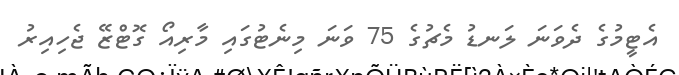
އެޓީމުގެ ދެވަނަ ލަނޑު މެޗުގެ 75 ވަނަ މިނެޓުގައި މާރިއޯ ގޮޓްޒޭ ޖެހިއިރު